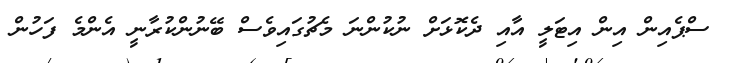
ސްޕެއިން އިން އިޓަލީ އާއި ދެކޮޅަށް ނުކުންނަ މެޗުގައިވެސް ބޭނުންކުރާނީ އެންމެ ފަހުން